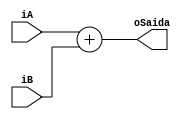
module ADD(
	input wire [31:0] iA, iB,
	output wire [31:0] oSaida
);

assign oSaida = iA + iB;

endmodule